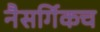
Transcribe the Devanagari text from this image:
नैसर्गिकच